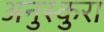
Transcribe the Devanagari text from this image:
अनुस्कुरा